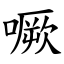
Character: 噘